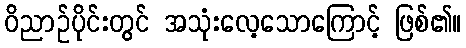
ဝိညာဉ်ပိုင်းတွင် အသုံးလေ့သောကြောင့် ဖြစ်၏။